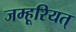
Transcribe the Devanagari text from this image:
जम्हूरियत्